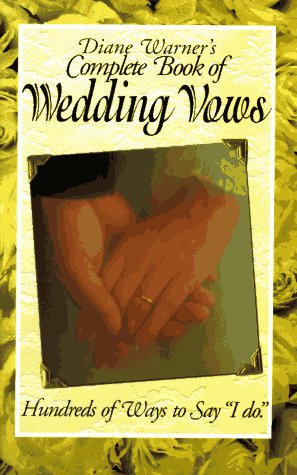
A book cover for Complete Book of Wedding Vows; Diane Warner; Crafts, Hobbies & Home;